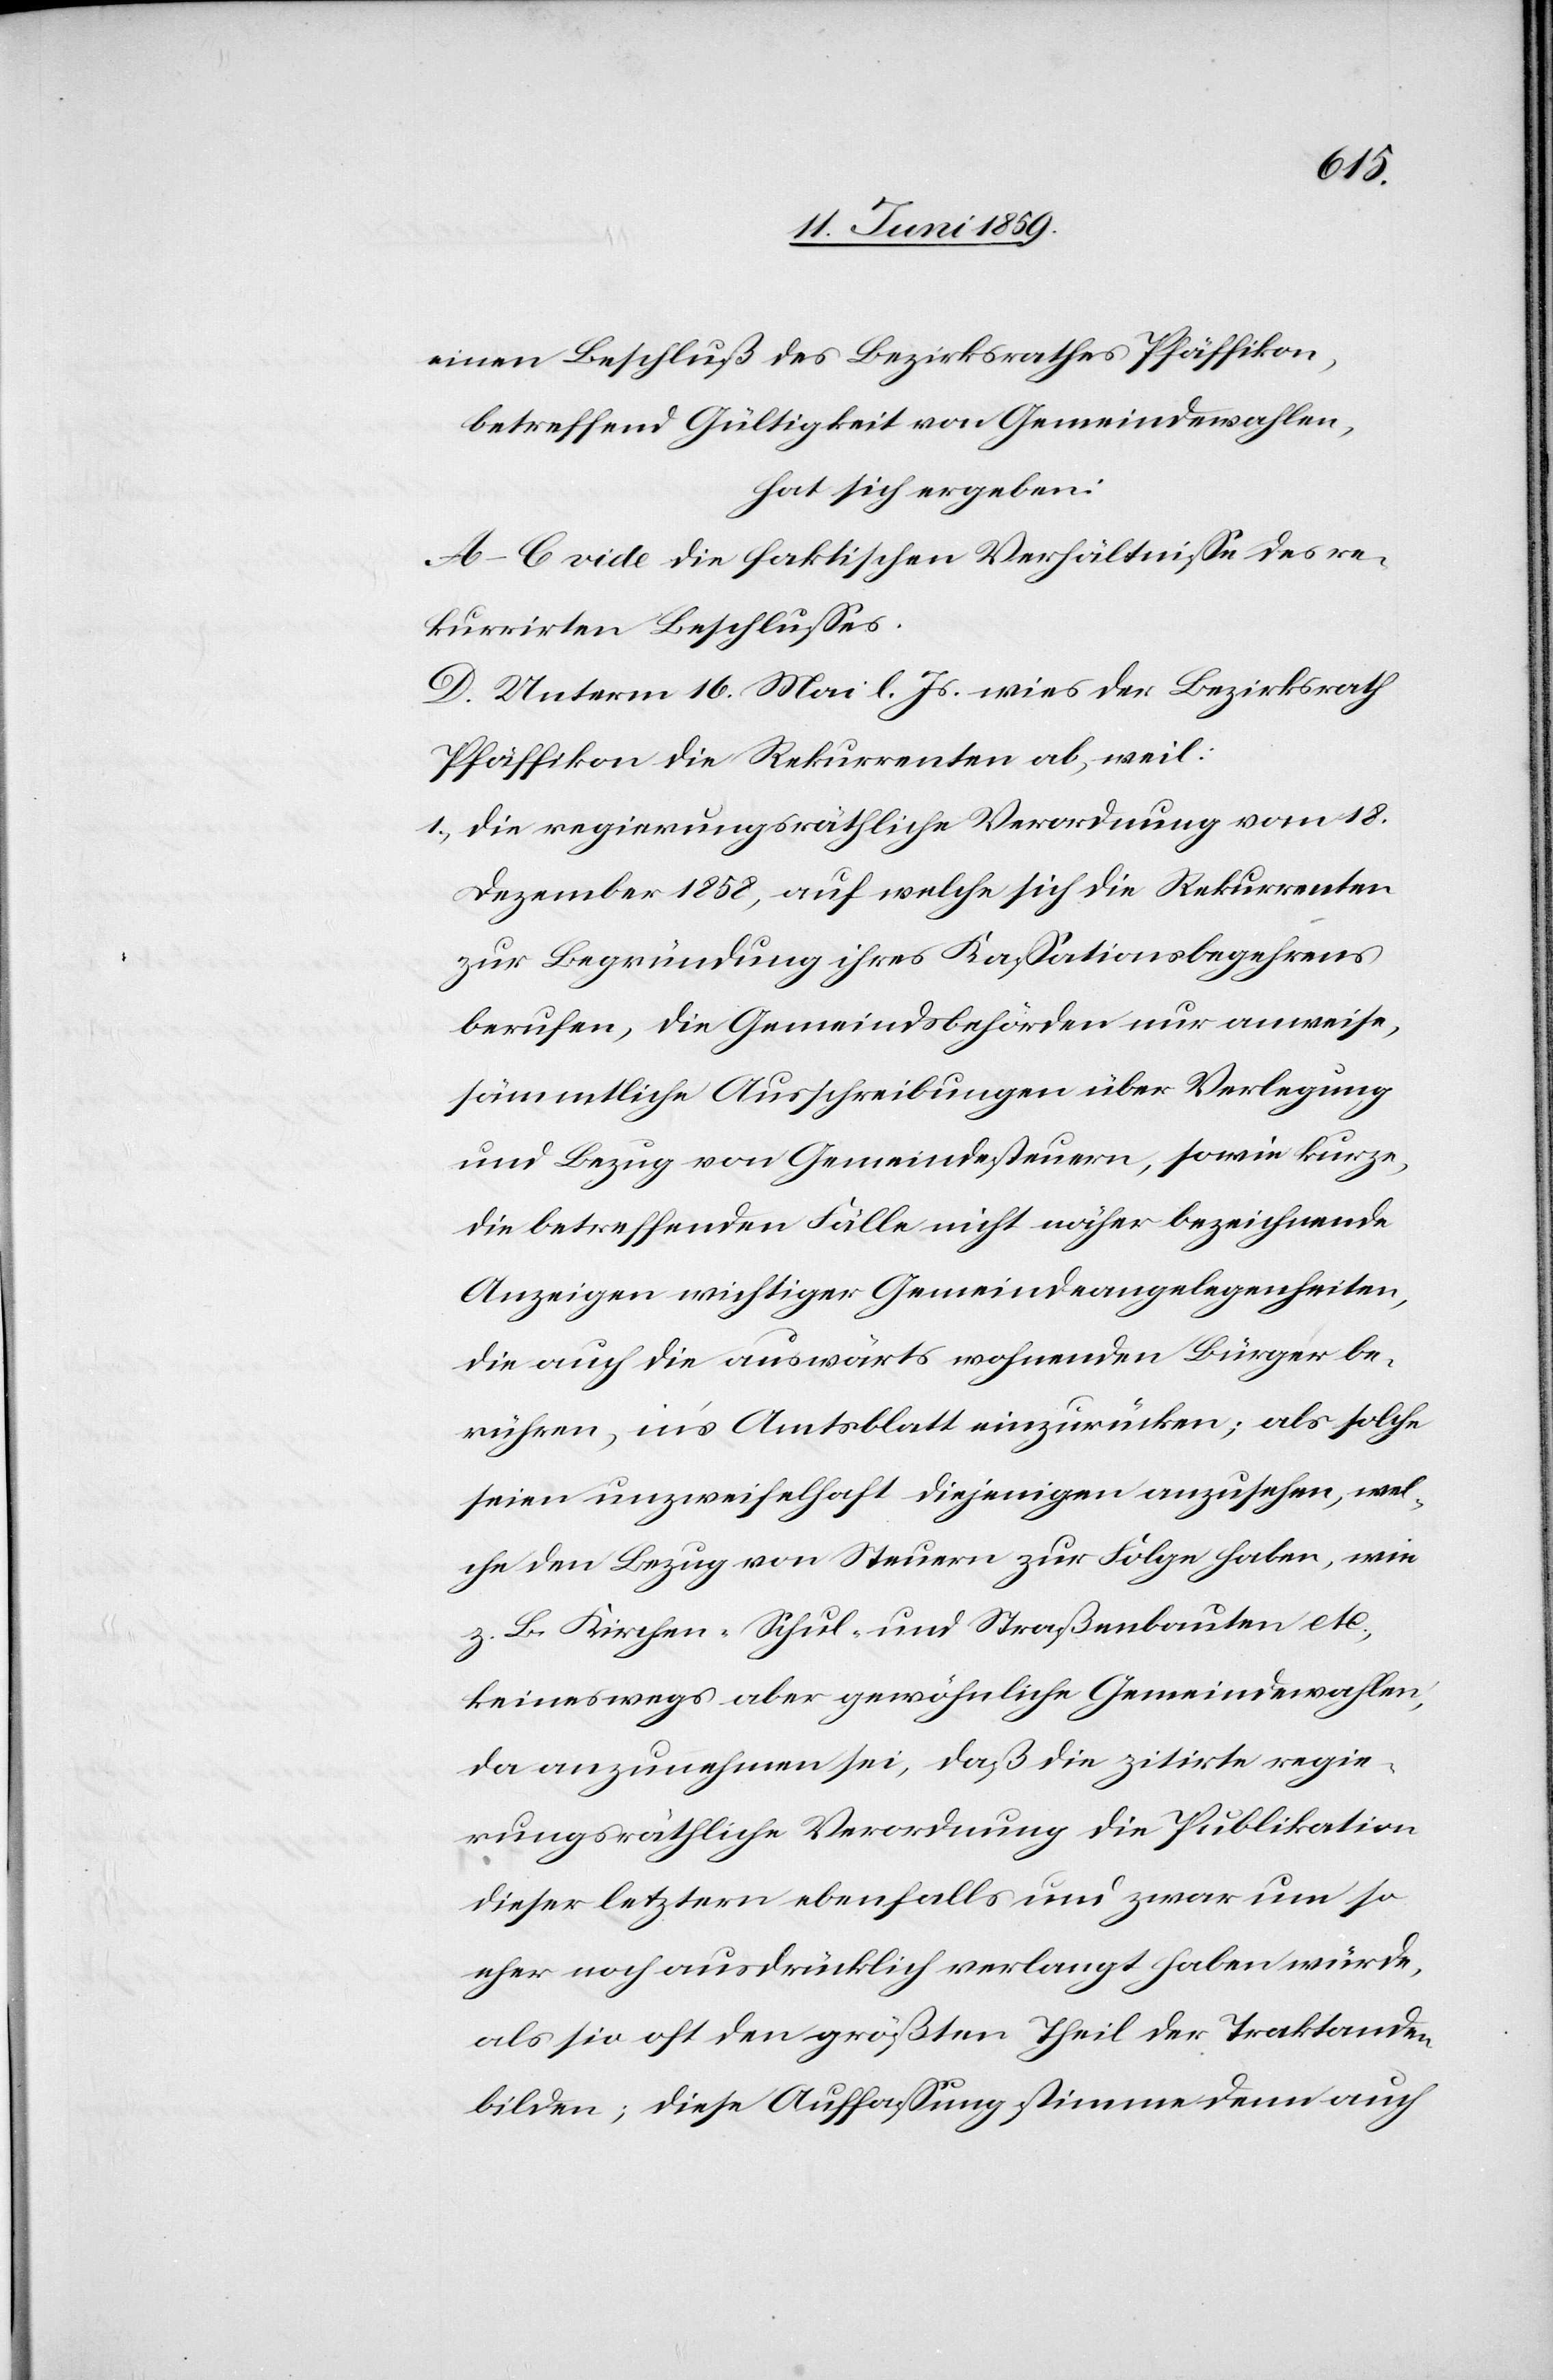
einen Beschluß des Bezirksrathes Pfäffikon,
betreffend Gültigkeit von Gemeindewahlen,
hat sich ergeben:
A–C vide die faktischen Verhältnisse des re¬
kurrirten Beschlusses.
D. Unterm 16. Mai l. Js. wies der Bezirksrath
Pfäffikon die Rekurrenten ab, weil:
1) Die regierungsräthliche Verordnung vom 18.
Dezember 1858, auf welche sich die Rekurrenten
zur Begründung ihres Kassationsbegehrens
berufen, die Gemeindsbehörden nur anweise,
sämmtliche Ausschreibungen über Verlegung
und Bezug von Gemeindesteuern, sowie kurze,
die betreffenden Fälle nicht näher bezeichnende
Anzeigen wichtiger Gemeindeangelegenheiten,
die auch die auswärts wohnenden Bürger be¬
rühren, in's Amtsblatt einzurücken; als solche
seien unzweifelhaft diejenigen anzusehen, wel¬
che den Bezug von Steuern zur Folge haben, wie
z. B. Kirchen- Schul- und Straßenbauten etc.,
keineswegs aber gewöhnliche Gemeindewahlen,
da anzunehmen sei, daß die zitirte regie¬
rungsräthliche Verordnung die Publikation
dieser letztern ebenfalls und zwar um so
eher noch ausdrücklich verlangt haben würde,
als sie oft den größten Theil der Traktanden
bilden; diese Auffassung stimme denn auch